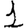
Digit: 1